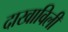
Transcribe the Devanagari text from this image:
दाखाविली